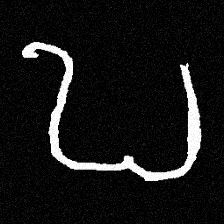
Pyu character \u2014 Myanmar letter: ဎ (romanized: ddha)